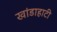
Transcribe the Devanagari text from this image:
खांडाहाटी